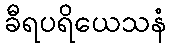
ခီရပရိယေသနံ